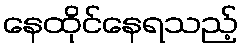
နေထိုင်နေရသည့်